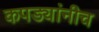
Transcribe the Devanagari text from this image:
कपड्यांनीच